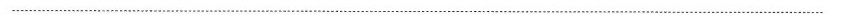
___